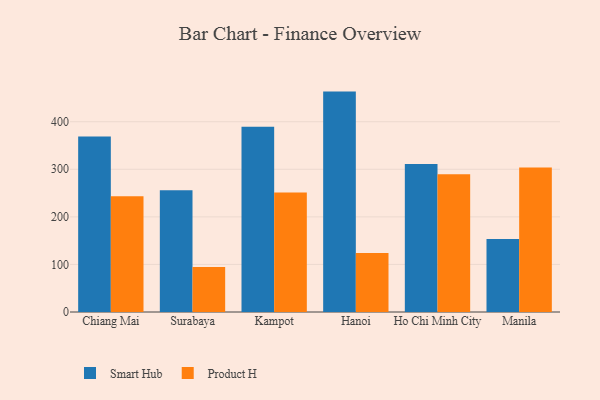
{"axis": {"x": "City", "y": "Operating Costs (USD K)"}, "legend": ["Product H", "Smart Hub"], "data": [{"x": "Chiang Mai", "y": 368.9, "type": "Smart Hub"}, {"x": "Chiang Mai", "y": 243.5, "type": "Product H"}, {"x": "Surabaya", "y": 255.8, "type": "Smart Hub"}, {"x": "Surabaya", "y": 94.7, "type": "Product H"}, {"x": "Kampot", "y": 389.4, "type": "Smart Hub"}, {"x": "Kampot", "y": 251.4, "type": "Product H"}, {"x": "Hanoi", "y": 463.3, "type": "Smart Hub"}, {"x": "Hanoi", "y": 124.0, "type": "Product H"}, {"x": "Ho Chi Minh City", "y": 310.9, "type": "Smart Hub"}, {"x": "Ho Chi Minh City", "y": 289.3, "type": "Product H"}, {"x": "Manila", "y": 153.6, "type": "Smart Hub"}, {"x": "Manila", "y": 304.0, "type": "Product H"}]}